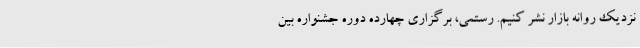
نزدیک روانه بازار نشر کنیم. رستمی، برگزاری چهارده دوره جشنواره بین